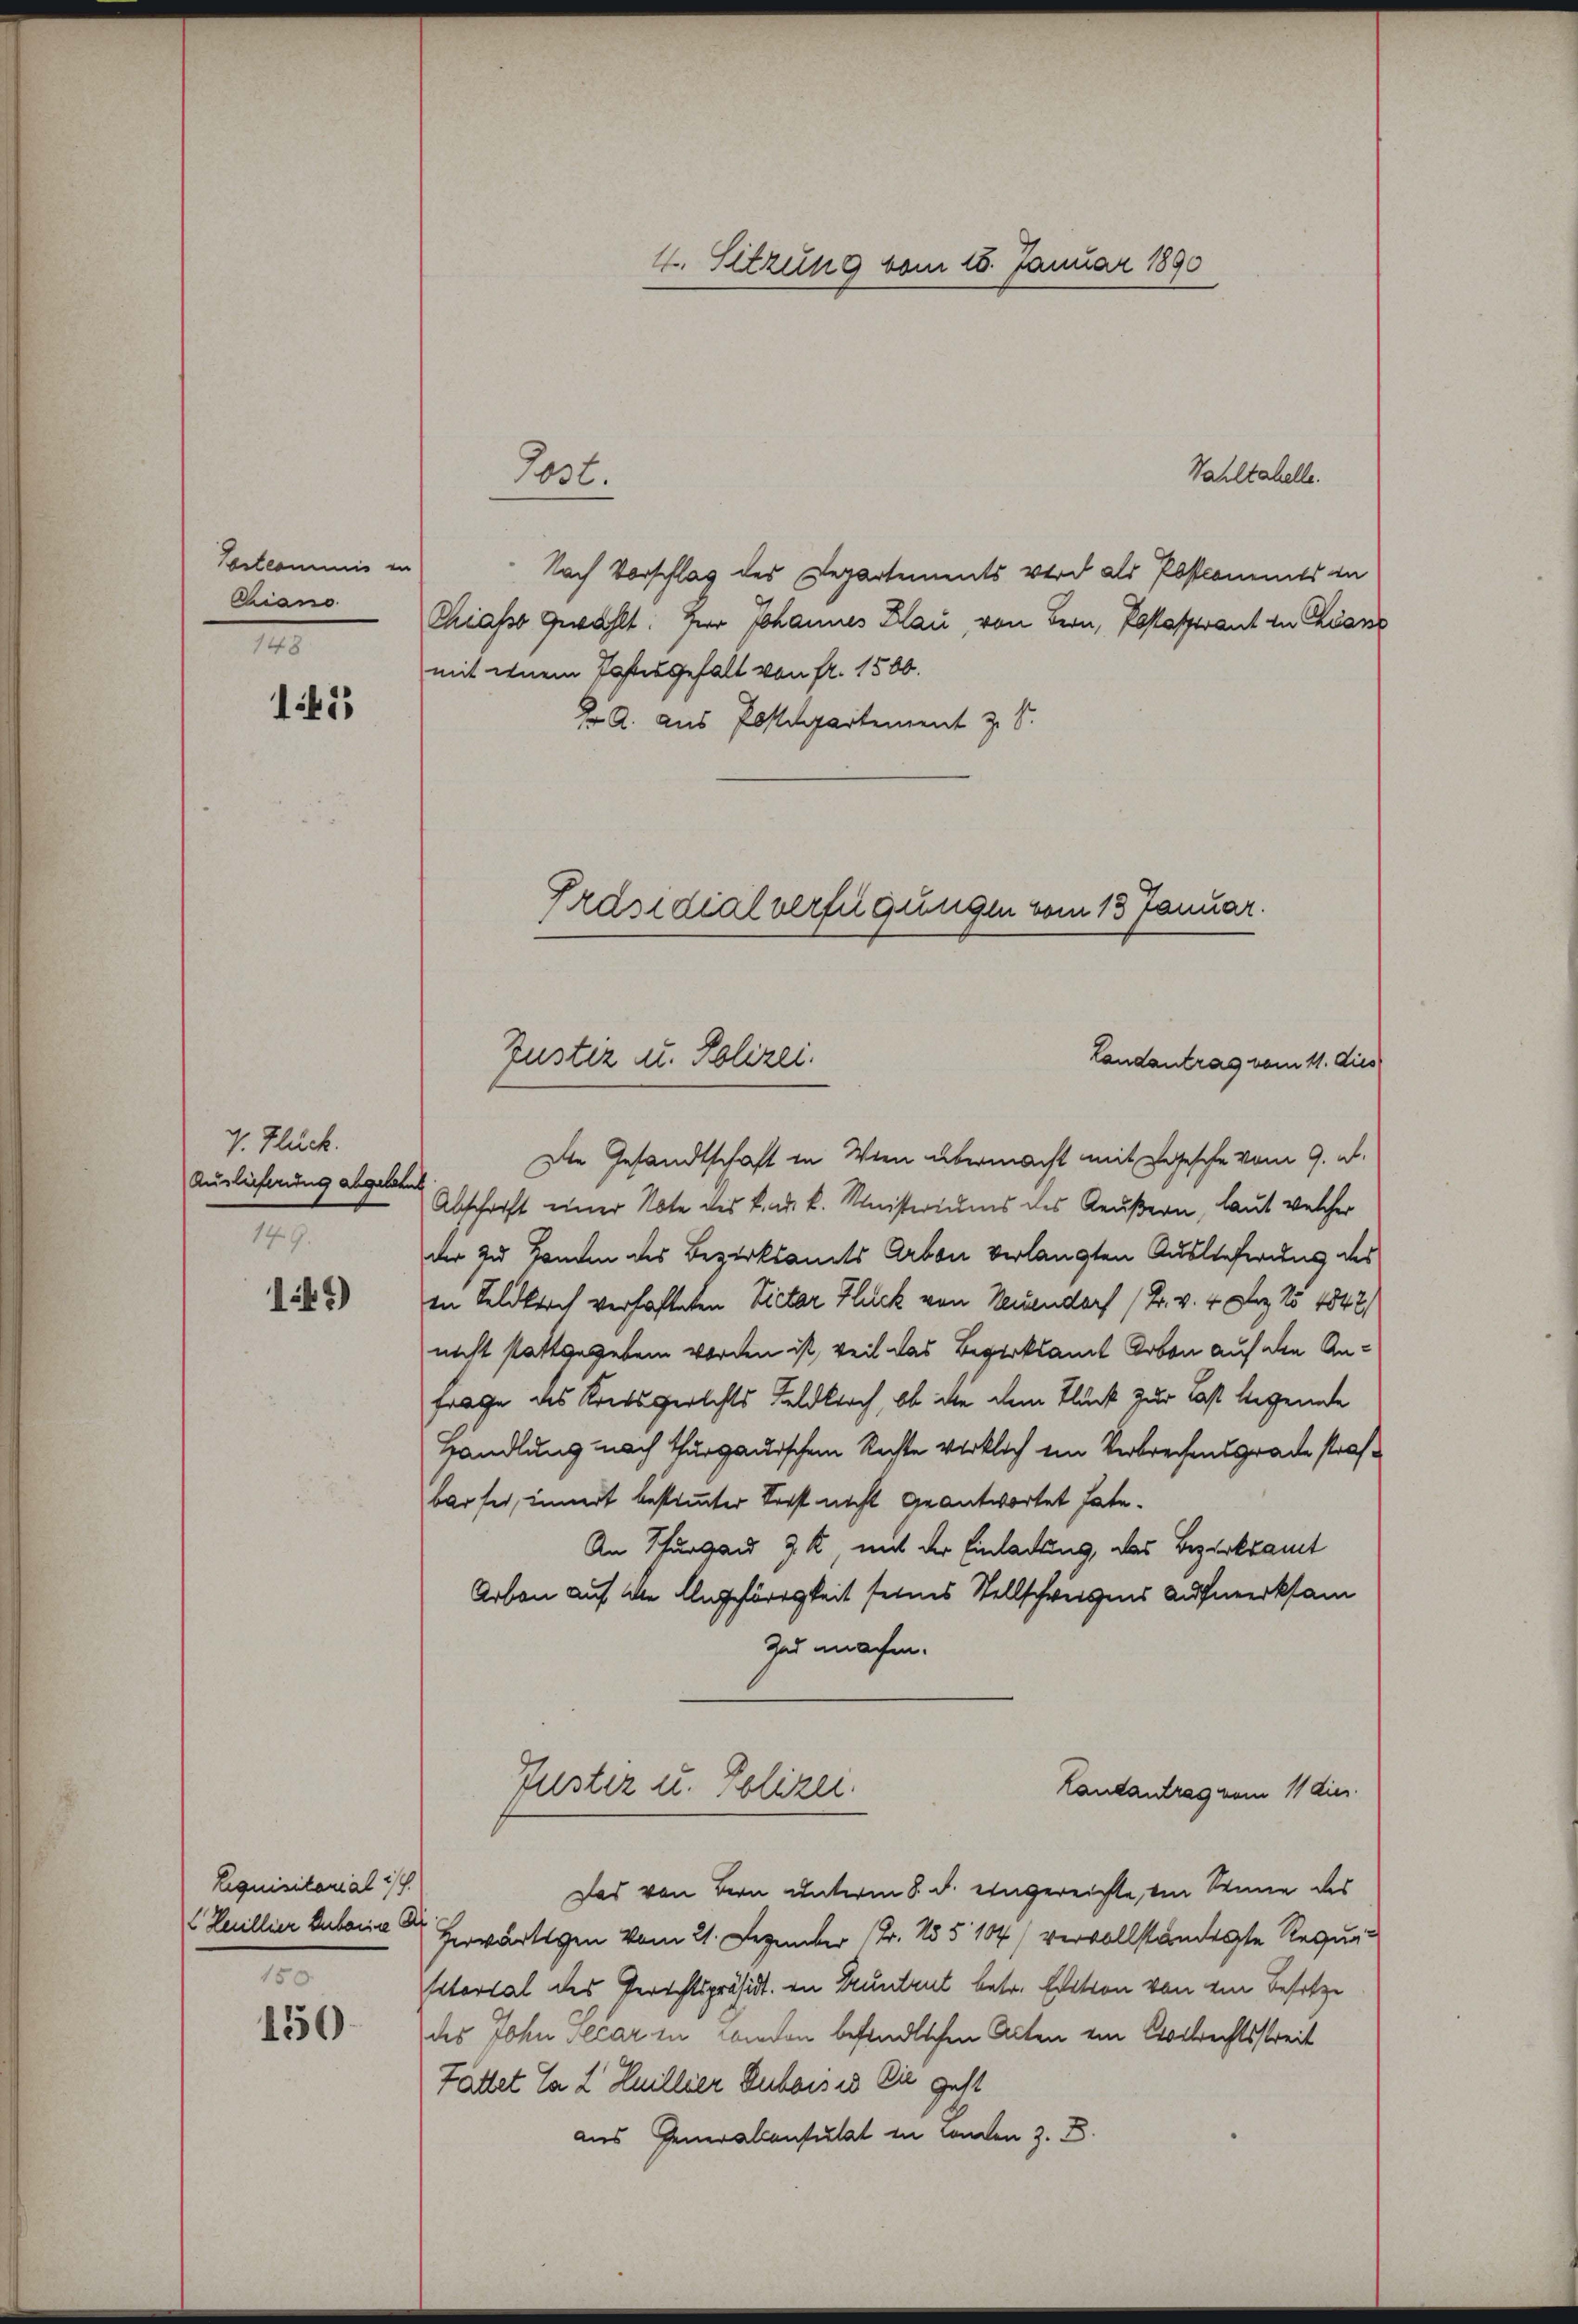
Colcommis er
Chiano
II

1433

V. Glück.
Auslieferung abgelehnt
14.9.
14)

Liquisitarialis
2 Renillier Huberie Dir
150.

150

Wahltahelle.
Nach Vorschlag des Departements wird als Postkommts in
Chiasso gewählt: Herr Johannes Blau, von Bern, Postaferant in Diens
mit einem Tastesgefalt von fr. 1500.
E A. aus Postdepartement z. S.

4. Sitzung vom 15. Januar 1890

Jost.

Präsidialverfügungen vom 13. Januar.
Zustiz u. Polizei.
Landantrag vom 11. Dies

Die Gesandtschaft in Wien übermacht mit Segesche vom 9. d.
Abschaft einer Note des k. k. k. Ministeriums des Aeußern, laut welcher
der zu Handen des Bezirksamts Arben verlangten Auslieferung des
in Feldkirch verhafteten Victor Fluck von Neuendorf (Fr. v. 4. Dez. 15 1842,
nicht stattgegeben worden ist, weil das Bezirksamt Arben auf den An¬
Frage des Kreisgerichts Feldbach, ob in dem Flück zur Last legende
handlung nach Thurgauischen Rechte wirklich ein Verbrechensgrade strafbar sei, innert bestimmter Verst nicht geantwortet hate.
An Thurgau 7 k, mit der Einladung, das Bezirksamt
Arbon auf die Ungehörigkeit seines Stellschweigens Aufmerksam
Zad machen.
Puster u. Polizei.
Landantrag vom 11 dies
Das von Bern unterm 8. d. eingereichte, von Senne des
Herwärtigen vom 21. Dezember (Fr. 155. 104) vervollständigte Requi
sitorial des Gerichtspräsidt. in Druntrut betr. Edition von ein Besitze
des John Alcar in Canton befindlichen Acten ein Collrechtsstreit
Tattet ca 2 Huillier Duboises Die gest
aus Generalconsulat in Landen z. B.